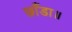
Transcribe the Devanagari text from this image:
छाँडा॥